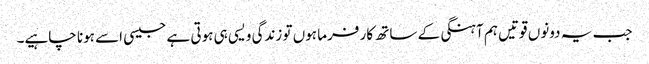
جب یہ دونوں قوتیں ہم آہنگی کے ساتھ کار فرما ہوں تو زندگی ویسی ہی ہوتی ہے جیسی اسے ہونا چاہیے۔